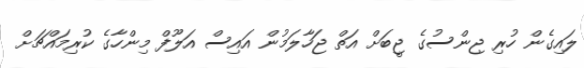
ލައިގެން ހުރި ޖިންސުގެ ޖީބަށް އަތް ޖަހާލަމުން އައިސް އަލޫފް މިންހާގެ ކުރިމައްޗަށް